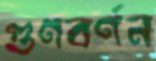
গুণবর্ণন